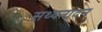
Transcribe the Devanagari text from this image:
सथ्यनादन